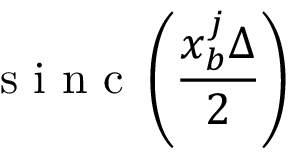
\mathrm { ~ s ~ i ~ n ~ c ~ } \left( \frac { x _ { b } ^ { j } \Delta } { 2 } \right)